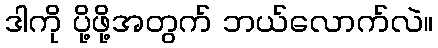
ဒါကို ပို့ဖို့အတွက် ဘယ်လောက်လဲ။